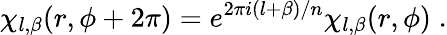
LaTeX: \chi_{l,\beta}(r,\phi+2\pi)=e^{2\pi i(l+\beta)/n}\chi_{l,\beta}(r,\phi)\; .